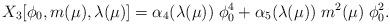
LaTeX: \begin{align*}X_3[\phi_0,m(\mu),\lambda(\mu)] = \alpha_4(\lambda(\mu)) \; \phi_0^4 + \alpha_5(\lambda(\mu)) \; m^2(\mu) \; \phi_0^2.\end{align*}